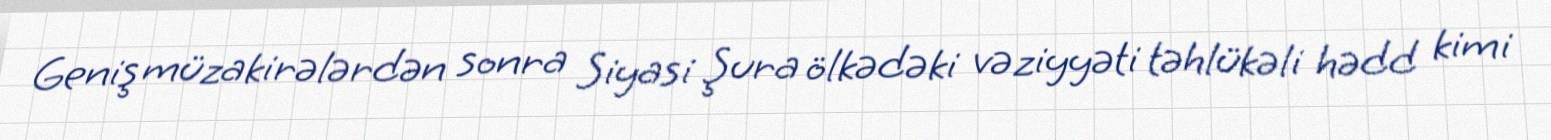
Geniş müzakirələrdən sonra Siyasi Şura ölkədəki vəziyyəti təhlükəli hədd kimi